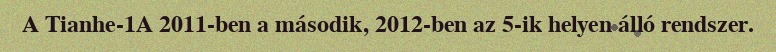
A Tianhe-1A 2011-ben a második, 2012-ben az 5-ik helyen álló rendszer.